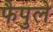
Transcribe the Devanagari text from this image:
फैपुले